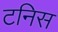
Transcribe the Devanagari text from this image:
टनिस